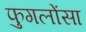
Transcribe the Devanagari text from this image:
फुगलोंसा